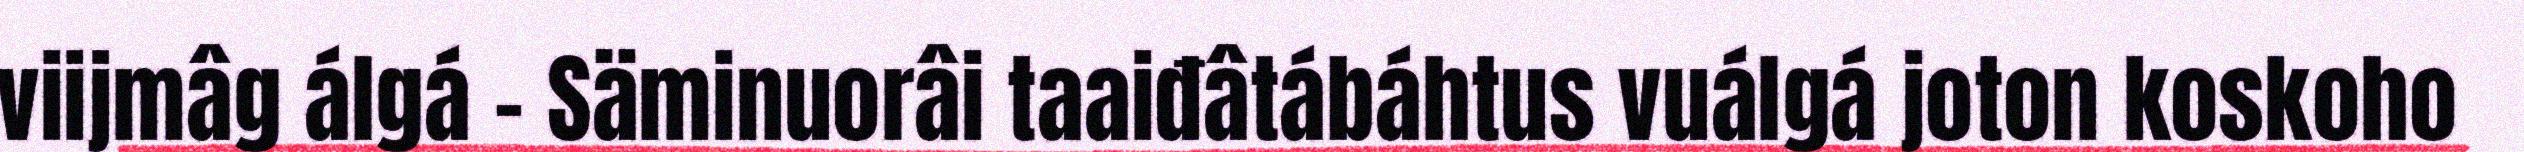
viijmâg álgá – Säminuorâi taaiđâtábáhtus vuálgá joton koskoho